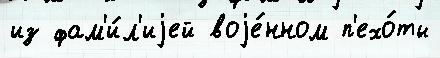
из фам'и́л'иjей воjе́нном п'ехо́ты